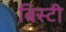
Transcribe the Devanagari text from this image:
बिस्टी